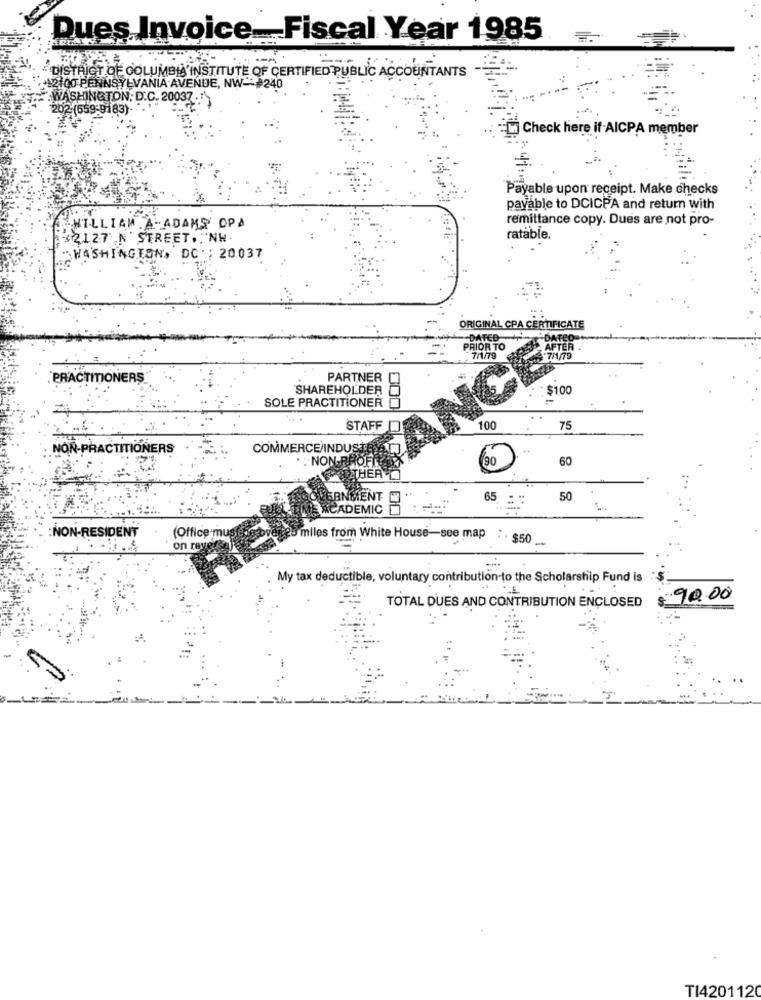
Dues Invoice_Fiscal Year 1985
DISTRICT DE COLUMBIA INSTITUTE OF CERTIFIED PUBLIC AC
IC ACCOUNTANTS
12100 PENNSYLVANIA AVENUE, NW -- 240
WASHINGTON: D.C. 20037.
202(659-9183).
Check here if AICPA member
Payable upon receipt. Make checks
payable to DCICPA and return with
remittance copy. Dues are not pro-
WILLIAM .A .- ADAMS OPA
32127 N' STREET, NW.
ratable
"WASHINGTON, DC : 20037
ORIGINAL CPA CERTIFICATE
-DATED
DATED
PRIOR TO
TER
7/1/79
.PRACTITIONERS""
PARTNER
SHAREHOLDER
$100
SOLE PRACTITIONER
ETAN
100
..
STAFF
75
NON-PRACTITIONERS
COMMERCE INDUS
. : NON-RE
90
60
ANSIENT
65
50
ACADEMIC
(Office mug
NON-RESIDENT
miles from White House-see map
. . $50
on ray
My tax deductible, voluntary contribution-to the Scholarship Fund is
T.
TOTAL DUES AND CONTRIBUTION ENCLOSED
$ 90.00
TI420112